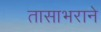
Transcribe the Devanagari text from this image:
तासाभराने